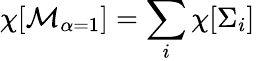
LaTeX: \chi[{\cal M}_{\alpha=1}]=\sum_{i}\chi[\Sigma_{i}]~~~